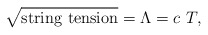
\begin{align*}\sqrt{{\rm string~tension}}=\Lambda=c~ T,\end{align*}